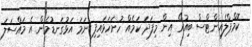
ކޮމްޕްލެއިންޓްސް ބިއުރޯ އިން މިފަދަ ކަމެއް ހުށަހަޅައިފި ނަމަ އަޅުގަނޑުމެން އެ މައްސަލަ